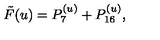
\tilde { F } ( u ) = P _ { 7 } ^ { ( u ) } + P _ { 1 6 } ^ { ( u ) } ,